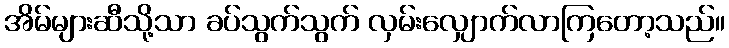
အိမ်များဆီသို့သာ ခပ်သွက်သွက် လှမ်းလျှောက်လာကြတော့သည်။